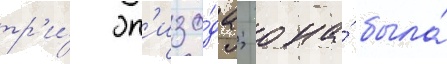
тр'и́ эп'изо́да; она́ была́